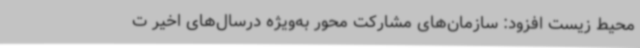
محیط زیست افزود: سازمان‌های مشارکت ‌محور به‌ویژه درسال‌های اخیر ت